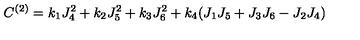
C ^ { ( 2 ) } = k _ { 1 } J _ { 4 } ^ { 2 } + k _ { 2 } J _ { 5 } ^ { 2 } + k _ { 3 } J _ { 6 } ^ { 2 } + k _ { 4 } ( J _ { 1 } J _ { 5 } + J _ { 3 } J _ { 6 } - J _ { 2 } J _ { 4 } )